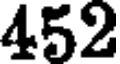
452